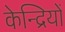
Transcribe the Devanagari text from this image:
केन्द्रियों